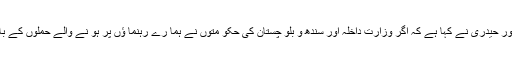
29نومبر 2014ء)جمعیت علما ئے اسلام (ف)کے مرکزی سیکریٹری جنرل و وزیرمملکت مو لا نا عبد الغفور حیدری نے کہا ہے کہ اگر وزارت داخلہ اور سندھ و بلو چستان کی حکو متوں نے ہما رے رہنما ؤں پر ہو نے والے حملوں کے با رے میں اطمینان بخش جواب نہ دیا تو ہم ان کو اپنا مجرم سمجھیں گے اور ان کے خلاف دعوے کریں گے ۔